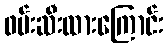
ဖမ်းဆီးထားကြောင်း